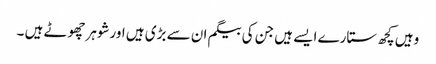
وہیں کچھ ستارے ایسے ہیں جن کی بیگم ان سے بڑی ہیں اورشوہرچھوٹے ہیں ۔